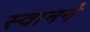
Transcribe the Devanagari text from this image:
स्वानने